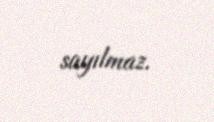
sayılmaz.